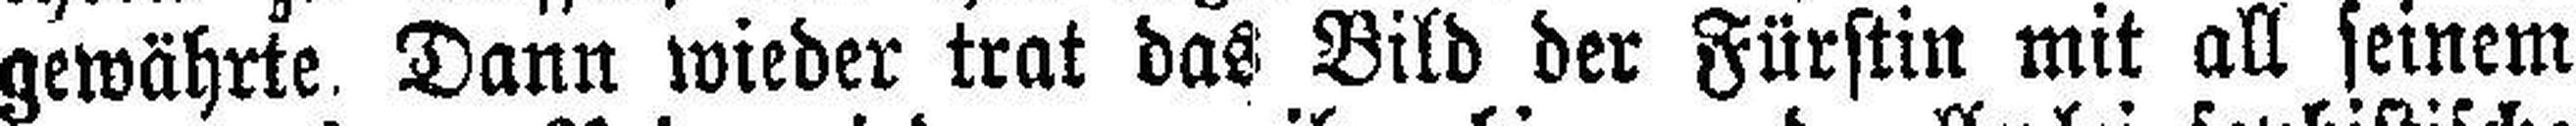
gewährte. Dann wieder trat das Bild der Fürstin mit all seinem